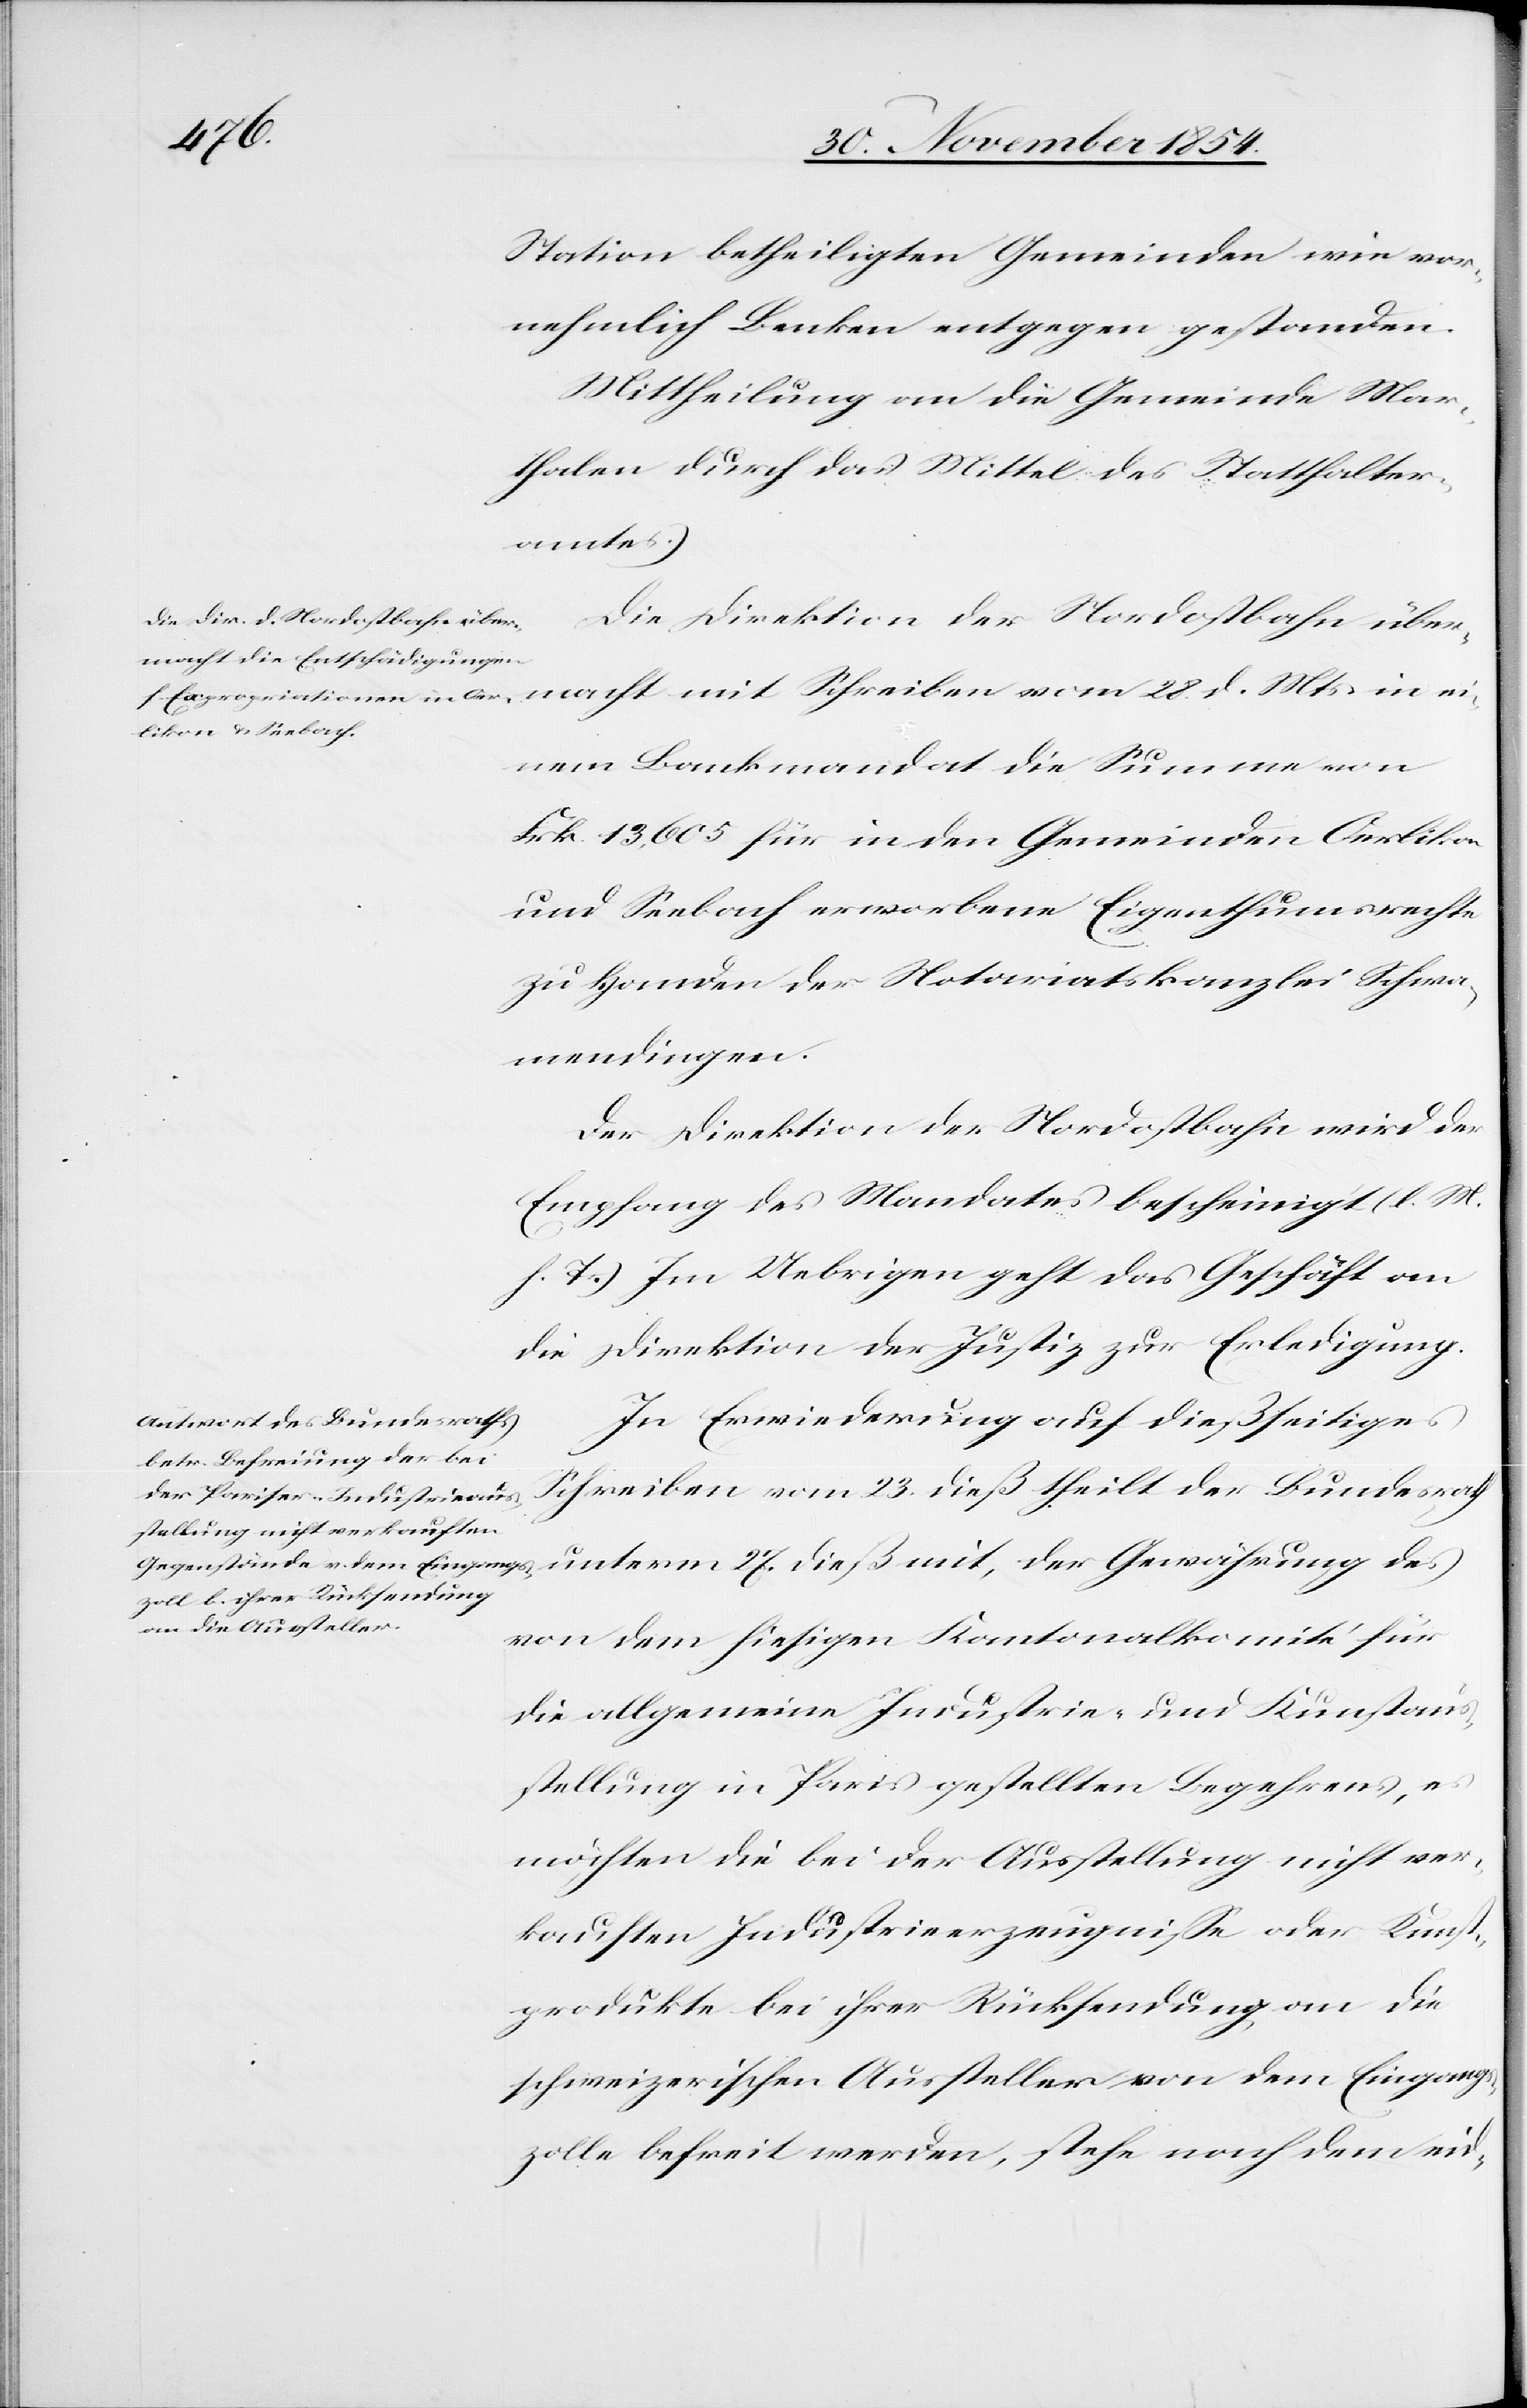
Station betheiligten Gemeinden wie vor¬
nehmlich Benken entgegen gestanden.
Mittheilung an die Gemeinde Mar¬
thalen durch das Mittel des Statthalter¬
amtes.
Die Direktion der Nordostbahn über¬
des
einem Bankmandate die Summe von
Frk. 13,605 für in den Gemeinden Oerlikon
und Seebach erworbene Eigenthumsrechte
zu Handen der Notariatskanzlei Schwa¬
mendingen.
Der Direktion der Nordostbahn wird der
Empfang des Mandates bescheinigt (l. M.
h. T.) Im Uebrigen geht das Geschäft an
die Direktion der Justiz zur Erledigung.
In Erwiederung auf dießseitiges
Schreiben vom 23. dieß theilt der Bundesrath
von dem hiesigen Kantonalkomité für
die allgemeine Industrie- und Kunstaus¬
stellung in Paris gestellten Begehrens, es
möchten die bei der Ausstellung nicht ver¬
kauften Industrieerzeugniße oder Kunst¬
produkte bei ihrer Rücksendung an die
schweizerischen Aussteller von dem Eingang¬
szolle befreit werden, stehe nach dem eid-